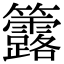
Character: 𥸐